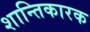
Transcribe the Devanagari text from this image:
शान्तिकारक